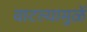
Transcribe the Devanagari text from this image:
वाटल्यामुळें